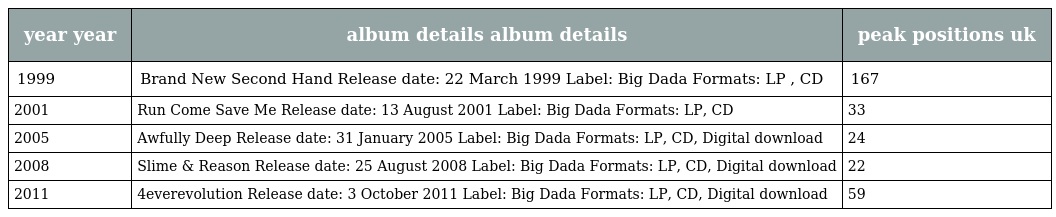
| year year | album details album details | peak positions uk |
 | --- | --- | --- |
 | 1999 | Brand New Second Hand Release date: 22 March 1999 Label: Big Dada Formats: LP , CD | 167 |
 | 2001 | Run Come Save Me Release date: 13 August 2001 Label: Big Dada Formats: LP, CD | 33 |
 | 2005 | Awfully Deep Release date: 31 January 2005 Label: Big Dada Formats: LP, CD, Digital download | 24 |
 | 2008 | Slime & Reason Release date: 25 August 2008 Label: Big Dada Formats: LP, CD, Digital download | 22 |
 | 2011 | 4everevolution Release date: 3 October 2011 Label: Big Dada Formats: LP, CD, Digital download | 59 |